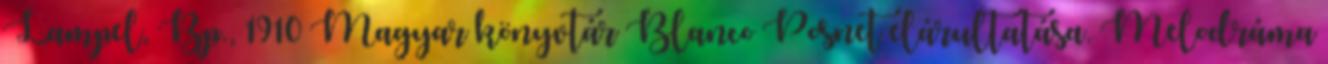
Lampel, Bp., 1910 Magyar könyvtár Blanco Posnet elárultatása. Melodráma